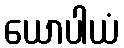
ယောပါယံ